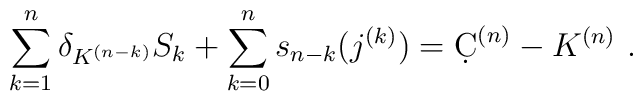
\sum_{k=1}^n\delta_{K^{(n-k)}}S_{k}+\sum_{k=0}^n s_{n-k}(j^{(k)})=\d C^{(n)}-K^{(n)}\ .